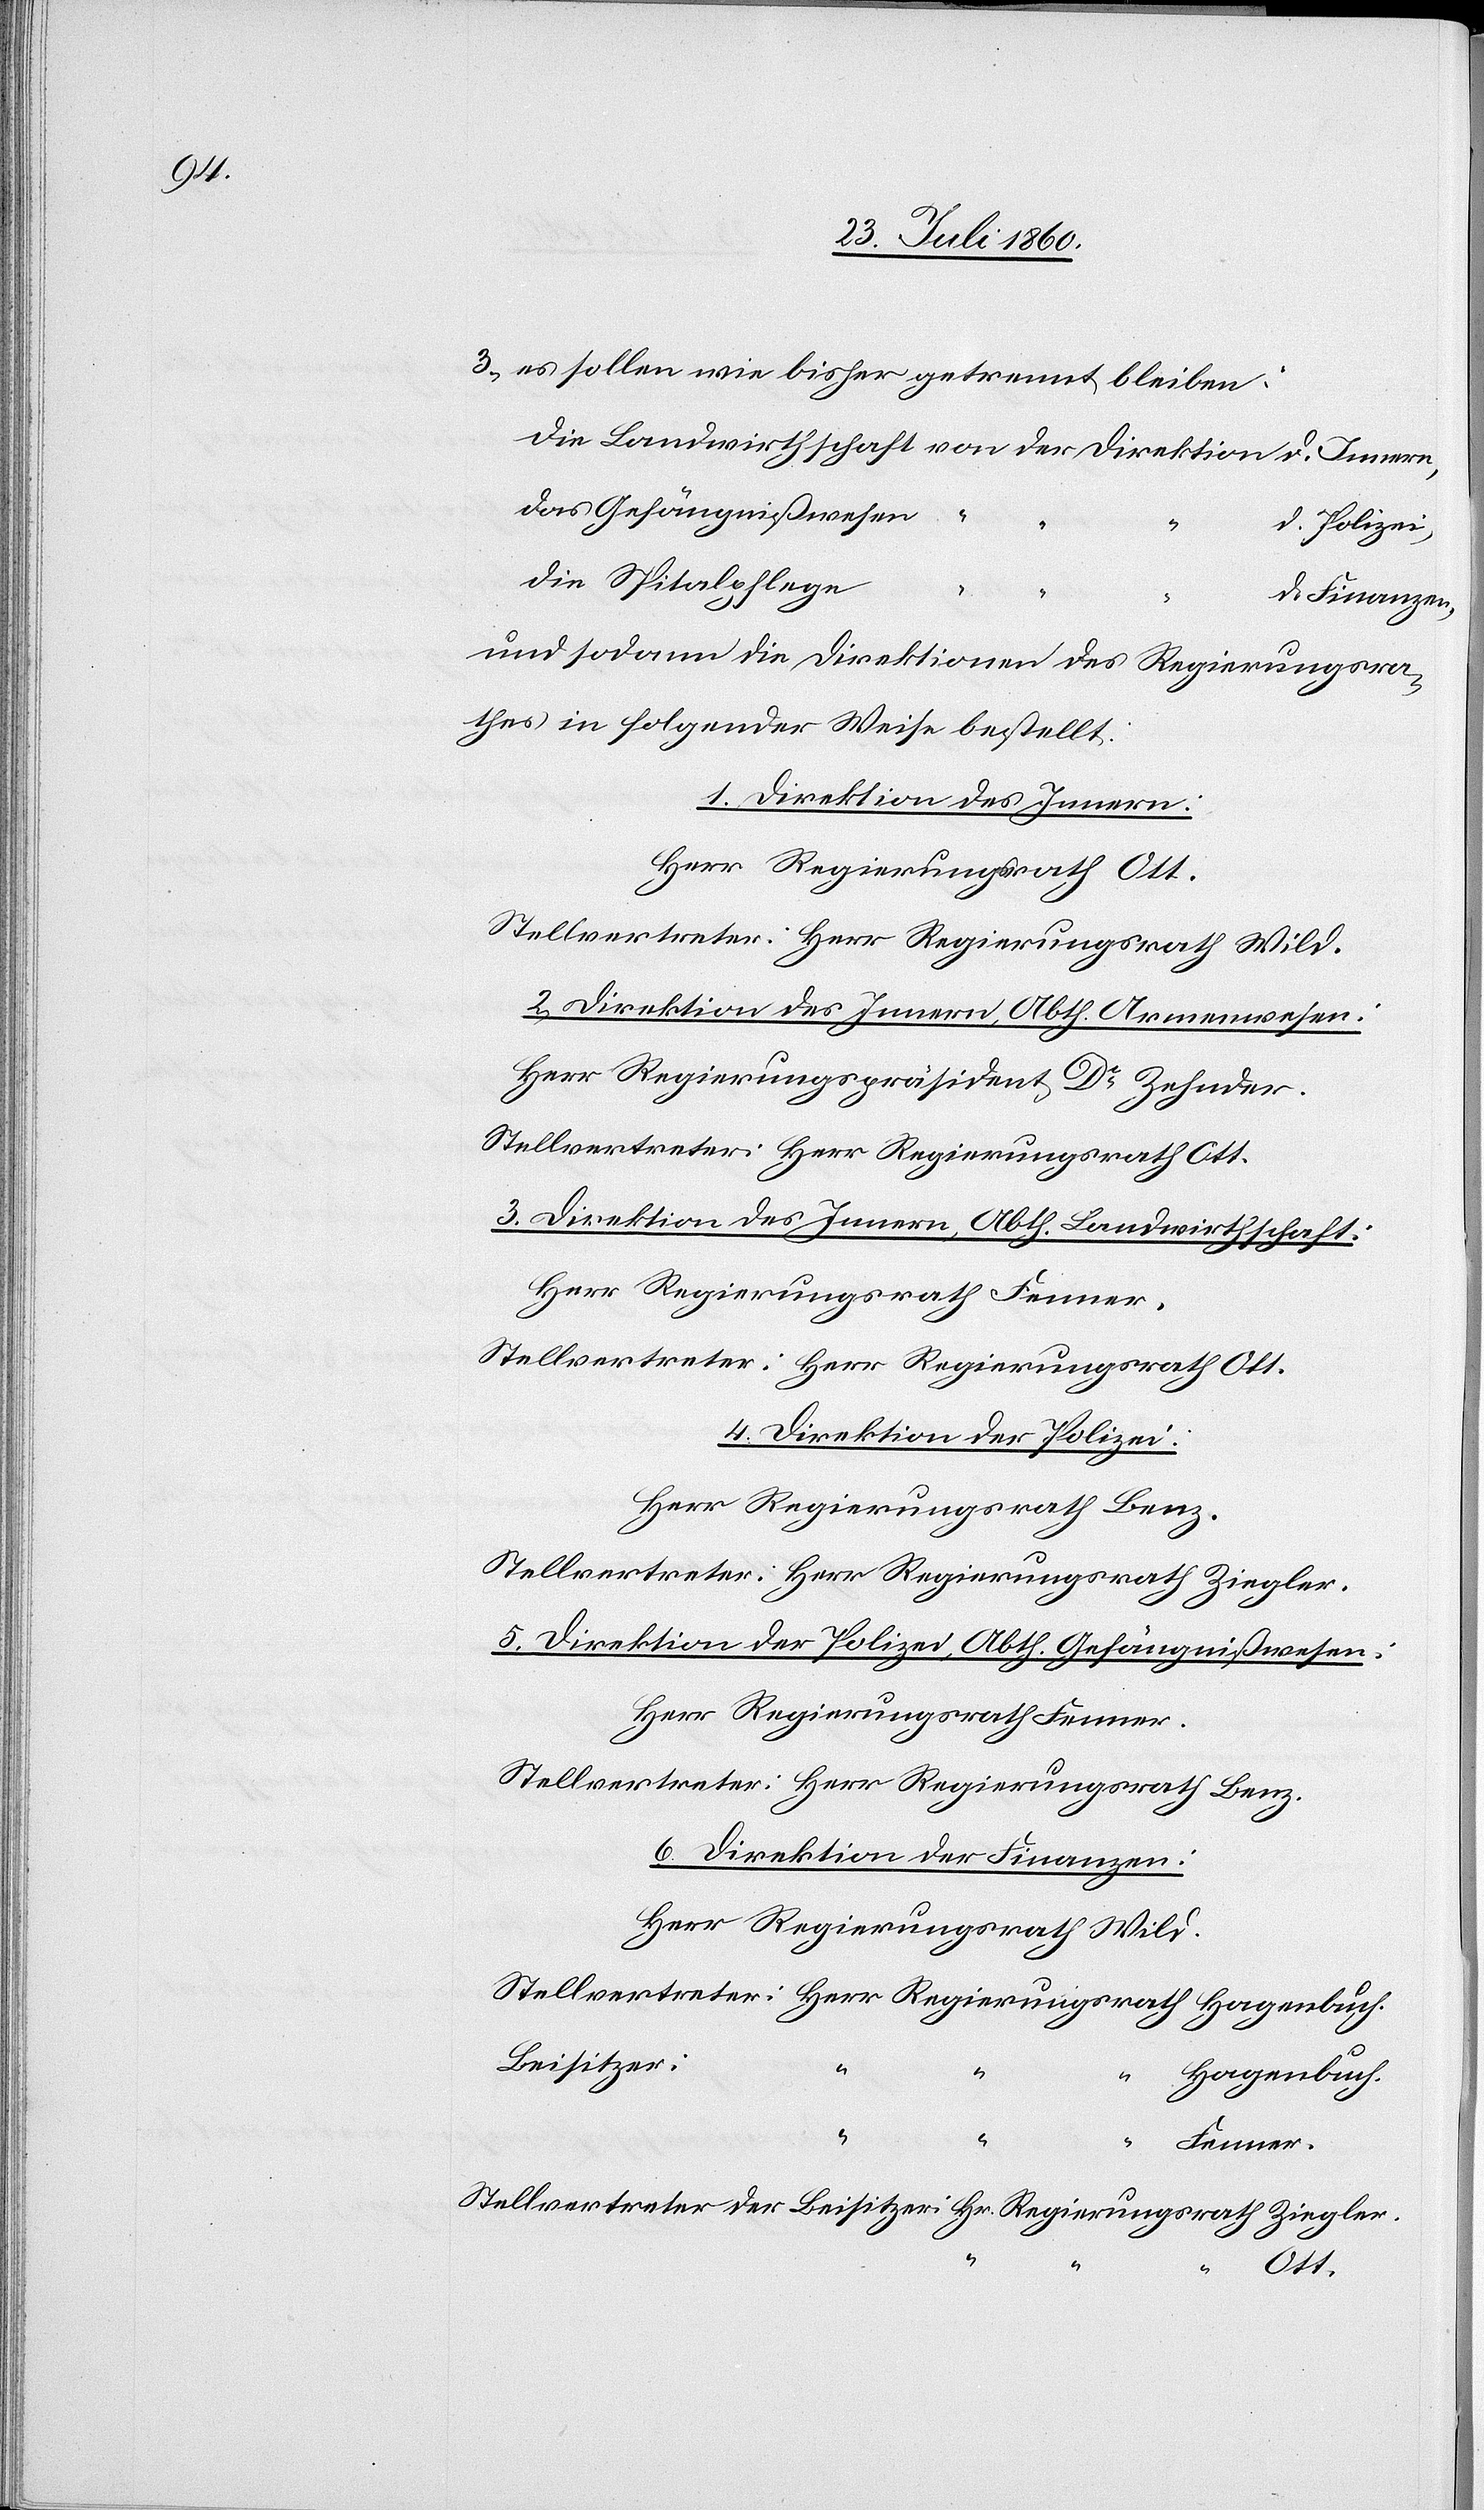
3) es sollen wie bisher getrennt bleiben
Das Gefängnisswesen
“
“
der Polizei,
Die Spitalpflege
der Finanzen.
und sodann die Direktionen des Regierungsra¬
thes in folgender Weise bestellt:
2. Direktion des Innern,
Herr Regierungsrath Ott.
Stellvertreter: Herr Regierungsrath Wild.
Herr Regierungspräsident Dr Zehnder;
Stellvertreter: Herr Regierungsrath Ott.
3. Direktion des Innern, Abtheilung Landwirthschaft:
Herr Regierungsrath Fenner.
Stellvertreter: Herr Regierungsrath Ott.
5. Direktion der Polizei,
Herr Regierungsrath Benz.
Stellvertreter: Herr Regierungsrath Ziegler,
Herr Regierungsrath Fenner.
Stellvertreter: Herr Regierungsrath Benz.
6. Direktion der Finanzen:
Herr Regierungsrath Wild.
Stellvertreter: Herr Regierungsrath Hagenbuch.
Beisitzer:
“
Hagenbuch.
:
“
“ Fenner.
Stellvertreter der Beisitzer: Hr. Regierungsrath Ziegler
Ott.